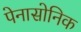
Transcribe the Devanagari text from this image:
पेनासोनिक